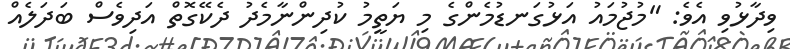
ވިދާޅުވި އެވެ: "މުޖުމައު އަޅުގަނޑުމެންގެ މި ޔަތީމު ކުދިންނާމެދު ދެކޭގޮތް އަދިވެސް ބަދަލެއް